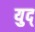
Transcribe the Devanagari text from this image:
युद्